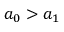
a _ { 0 } > a _ { 1 }